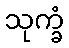
သုက္ခံ